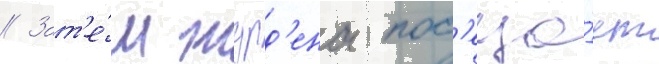
// Зат'е́м журд'ена пос'еща́ет